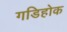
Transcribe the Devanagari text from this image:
गडिहोक